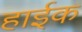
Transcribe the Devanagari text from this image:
हाईक